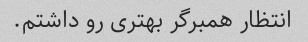
انتظار همبرگر بهتری رو داشتم.